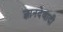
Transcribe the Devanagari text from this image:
ज्ञानदेवादी